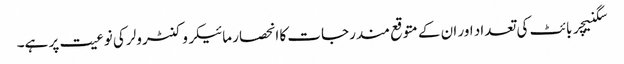
سگنیچر بائٹ کی تعداد اور ان کے متوقع مندرجات کا انحصار مائیکروکنٹرولر کی نوعیت پر ہے۔